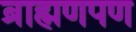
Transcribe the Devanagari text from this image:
ब्राह्मणपण